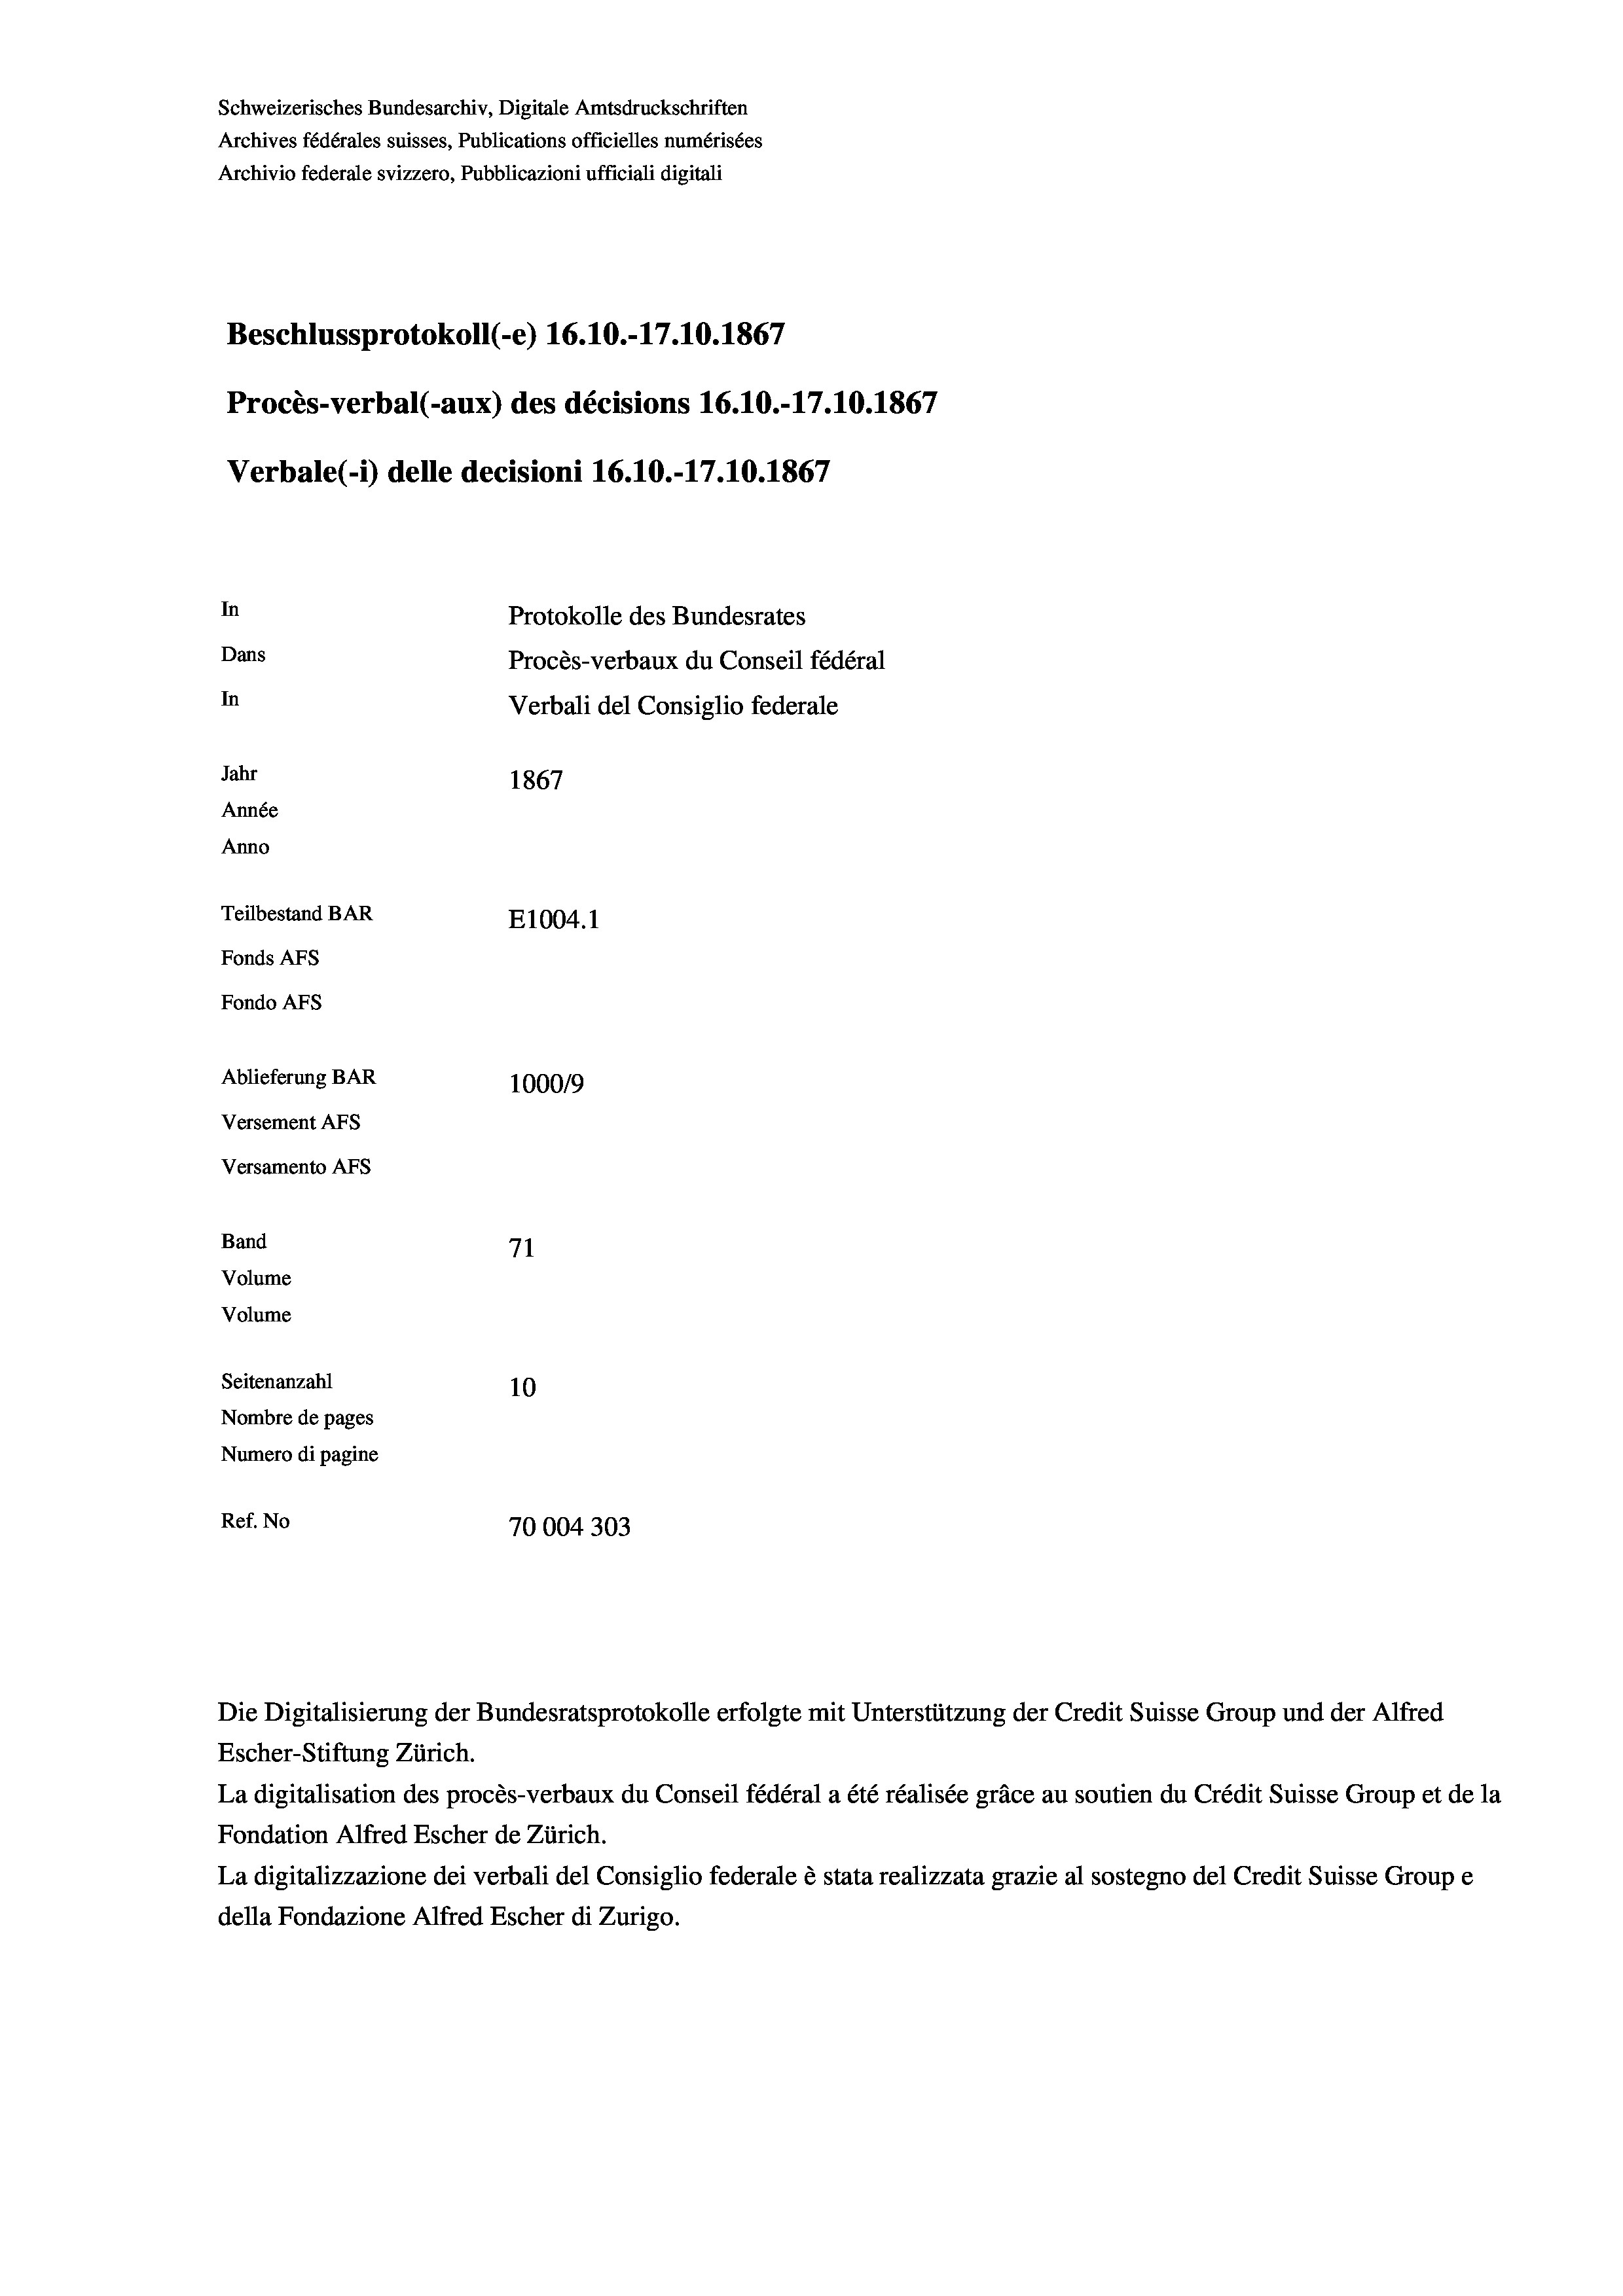
Schweizerisches Bundesarchiv, Digitale Amtsdruckschriften
Archives fédérales suisses, Publications officielles numérisées
Archivio federale svizzero, Pubblicazioni ufficiali digitali
Beschlussprotokoll (-e) 16.10.-17.10.1867
Procès-verbal (-aux) des décisions 16.10.-17.10.1867
Verbale (- 1) delle decisioni 16.10.-17.10.1867
In
Protokolle des Bundesrates
Dans
Procès-verbaux du Conseil fédéral
In
Verbali del Consiglio federale
Jahr
1867
Année
Anno
Teilbestand BAR
E1004.1
Fonds AFs
Fondo Afs
Ablieferung BAR
100019
Versement Ans
Versamento Afs
Band
71
Volume
Volume
Seitenanzahl
10
Nombre de pages
Numero di pagine
Ref. No
70004303

Die Digitalisierung der Bundesratsprotokolle erfolgte mit Unterstützung der Credit Suisse Group und der Alfred
Escher-Stiftung Zürich.

La digitalisation des procès-verbaux du Conseil fédéral a été réalisée gräce au soutien du Crédit Suisse Group et de la
Fondation Alfred Escher de Zürich.
La digitalizzazione dei verbali del Consiglio federale è stata realizzata grazie al sostegno del Credit Suisse Groupe
della Fondazione Alfred Escher di Zurigo.